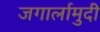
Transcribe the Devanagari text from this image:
जगार्लामुदी